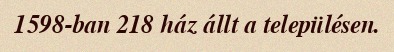
1598-ban 218 ház állt a településen.